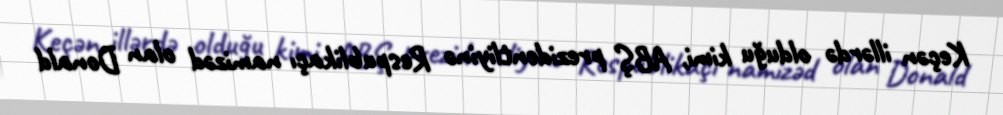
Keçən illərdə olduğu kimi, ABŞ prezidentliyinə Respublikaçı namizəd olan Donald